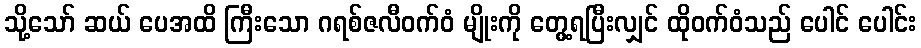
သို့သော် ဆယ် ပေအထိ ကြီးသော ဂရစ်ဇလီဝက်ဝံ မျိုးကို တွေ့ရပြီးလျှင် ထိုဝက်ဝံသည် ပေါင် ပေါင်း